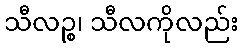
သီလဉ္စ၊ သီလကိုလည်း